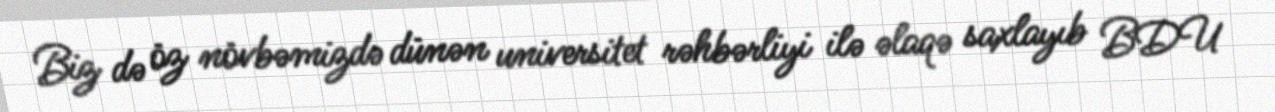
Biz də öz növbəmizdə dünən universitet rəhbərliyi ilə əlaqə saxlayıb BDU